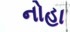
નોહા